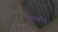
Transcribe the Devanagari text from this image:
तिरुथनि